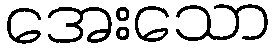
အေးသော